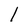
Character: 1